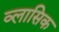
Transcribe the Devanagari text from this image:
व्लासिक